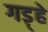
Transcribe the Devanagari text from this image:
गड़्हे